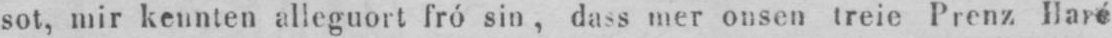
sot, mir keunten alleguort fró sin, dass mer onsen treie Prenz Haré